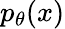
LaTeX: p_{\theta}(x)